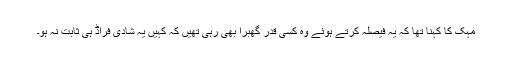
مہک کا کہنا تھا کہ یہ فیصلہ کرتے ہوئے وہ کسی قدر گھبرا بھی رہی تھیں کہ کہیں یہ شادی فراڈ ہی ثابت نہ ہو۔